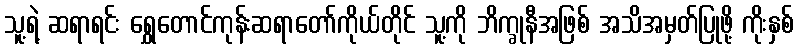
သူ့ရဲ့ ဆရာရင်း ရွှေတောင်ကုန်းဆရာတော်ကိုယ်တိုင် သူ့ကို ဘိက္ခုနီအဖြစ် အသိအမှတ်ပြုဖို့ ကိုးနှစ်